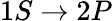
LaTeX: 1S\rightarrow 2P